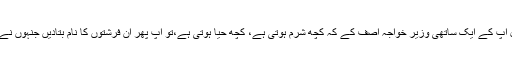
وفاقی وزیر داخلہ چوہدری نثار صاحب بقول آپ کے ایک ساتھی وزیر خواجہ آصف کے کہ کچھ شرم ہوتی ہے، کچھ حیا ہوتی ہے،تو آپ پھر ان فرشتوں کا نام بتادیں جنہوں نے اب تک تقریباً 1300افراد کو لاپتہ کیا ہے۔